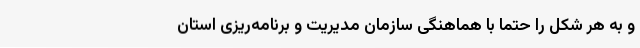
و به هر شکل را حتماً با هماهنگی سازمان مدیریت و برنامه‌ریزی استان